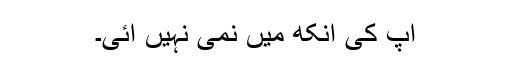
آپ کی آنکھ میں نمی نہیں آئی۔